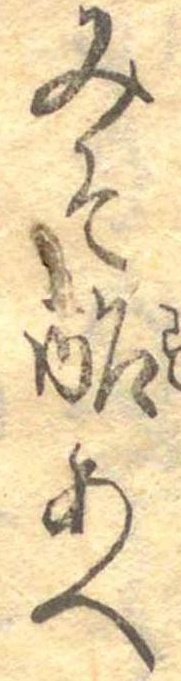
みそ酢あへ